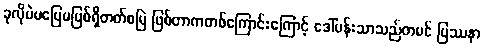
ခုလိုပဲမပြေမပြစ်ရှိတတ်စမြဲ ဖြစ်တာကတစ်ကြောင်းကြောင့် ဒေါ်ပန်းသာသည်တမင် ပြဿနာ